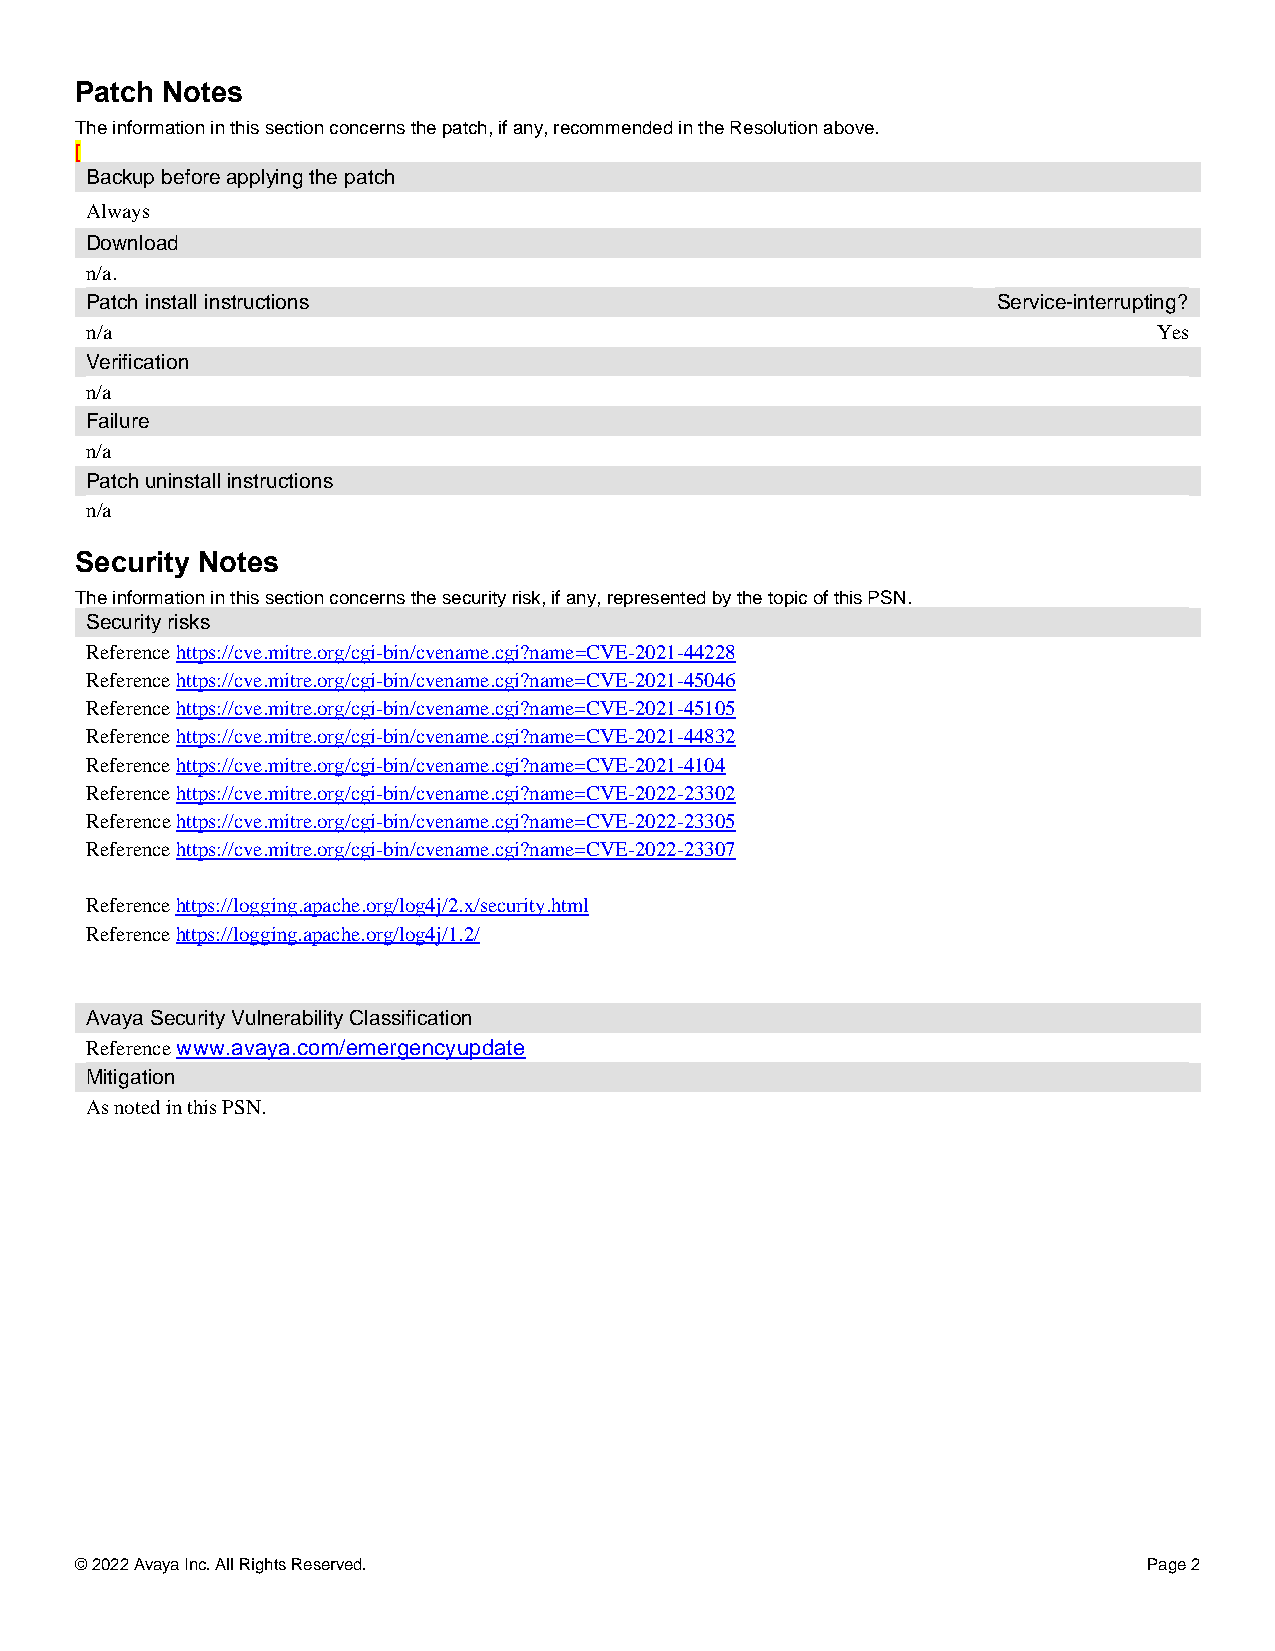
Patch Notes
 The information in this section concerns the patch, if any, recommended in the Resolution above.
 [
 Backup before applying the patch
 Always
 Download
 n/a.
 Patch install instructions                                  Service-interrupting?
 n/a                                                                    Yes
 Verification
 n/a
 Failure
 n/a
 Patch uninstall instructions
 n/a
 Security Notes
 The information in this section concerns the security risk, if any, represented by the topic of this PSN.
 Security risks
 Reference https://cve.mitre.org/cgi-bin/cvename.cgi?name=CVE-2021-44228
 Reference https://cve.mitre.org/cgi-bin/cvename.cgi?name=CVE-2021-45046
 Reference https://cve.mitre.org/cgi-bin/cvename.cgi?name=CVE-2021-45105
 Reference https://cve.mitre.org/cgi-bin/cvename.cgi?name=CVE-2021-44832
 Reference https://cve.mitre.org/cgi-bin/cvename.cgi?name=CVE-2021-4104
 Reference https://cve.mitre.org/cgi-bin/cvename.cgi?name=CVE-2022-23302
 Reference https://cve.mitre.org/cgi-bin/cvename.cgi?name=CVE-2022-23305
 Reference https://cve.mitre.org/cgi-bin/cvename.cgi?name=CVE-2022-23307
 Reference https://logging.apache.org/log4j/2.x/security.html
 Reference https://logging.apache.org/log4j/1.2/
 Avaya Security Vulnerability Classification
 Reference www.avaya.com/emergencyupdate
 Mitigation
 As noted in this PSN.
 © 2022 Avaya Inc. All Rights Reserved.                                 Page 2